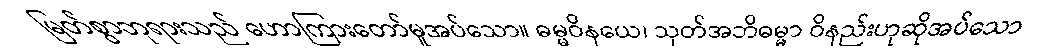
မြတ်စွာဘုရားသည် ဟောကြားတော်မူအပ်သော။ ဓမ္မဝိနယေ၊ သုတ်အဘိဓမ္မာ ဝိနည်းဟုဆိုအပ်သော